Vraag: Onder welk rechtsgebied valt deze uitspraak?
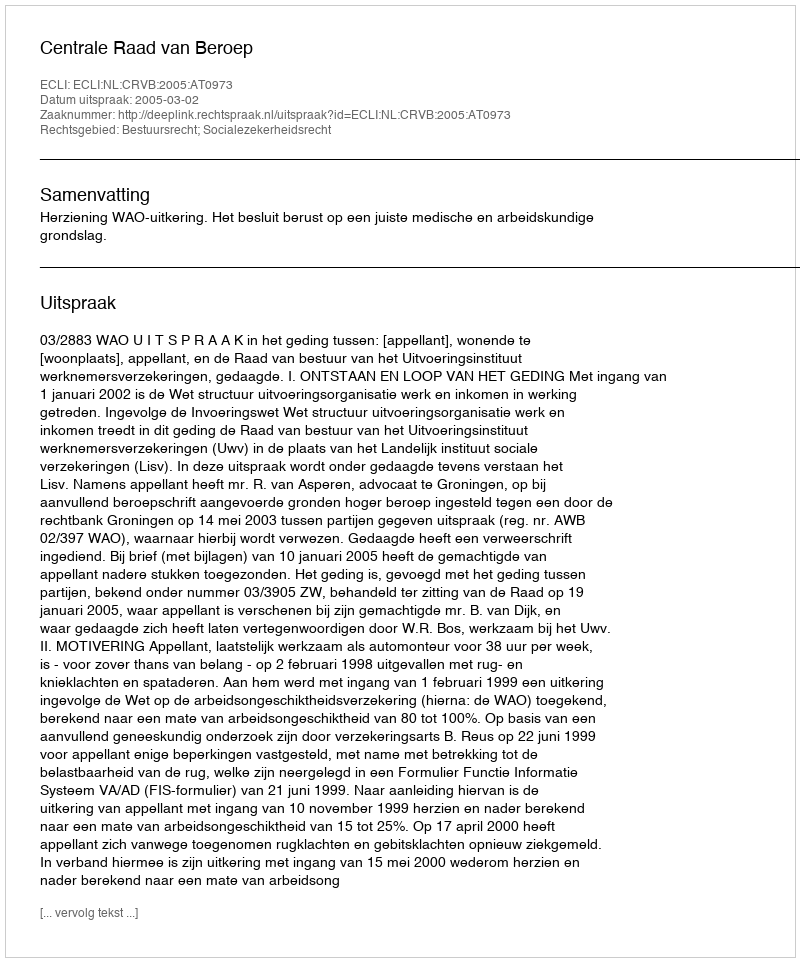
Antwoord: Bestuursrecht; Socialezekerheidsrecht